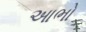
આભો